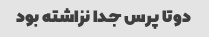
دوتا پرس جدا نزاشته بود